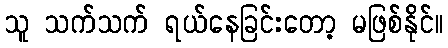
သူ သက်သက် ရယ်နေခြင်းတော့ မဖြစ်နိုင်။